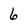
Character: 6